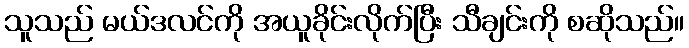
သူသည် မယ်ဒလင်ကို အယူခိုင်းလိုက်ပြီး သီချင်းကို စဆိုသည်။